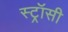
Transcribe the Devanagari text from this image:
स्ट्रॉसी